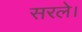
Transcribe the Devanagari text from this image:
सरले।